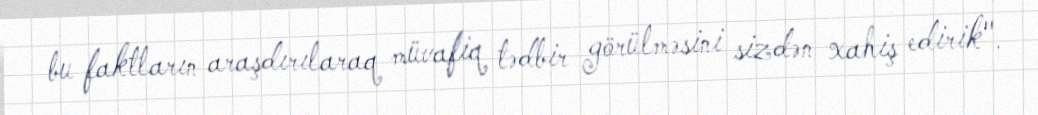
bu faktların araşdırılaraq müvafiq tədbir görülməsini sizdən xahiş edirik".